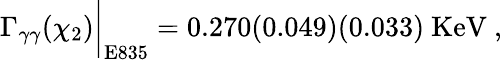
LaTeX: \Gamma_{\gamma\gamma}(\chi_{2})\bigg|_{\mathrm{E835}}=0.270(0.049)(0.033)\ \mathrm{KeV}\ ,